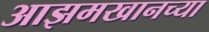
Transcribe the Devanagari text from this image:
आझमखानच्या